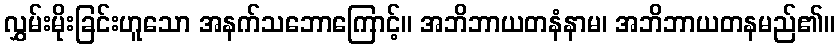
လွှမ်းမိုးခြင်းဟူသော အနက်သဘောကြောင့်။ အဘိဘာယတနံနာမ၊ အဘိဘာယတနမည်၏။